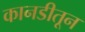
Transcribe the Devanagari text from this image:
कानडीतून